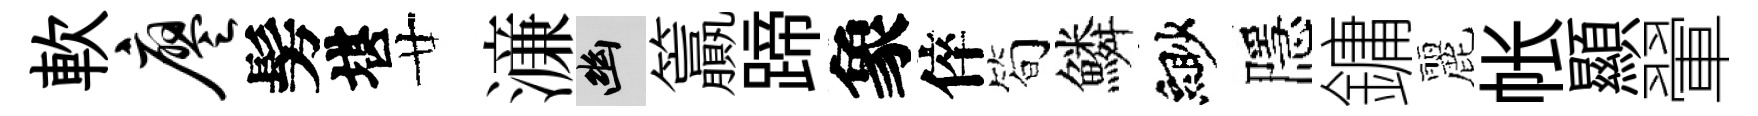
軟廖髣堪廿濓幽籯蹄象倅简鱗緲隱鏞麗帐顯翬